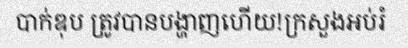
បាក់ឌុប ត្រូវបានបង្ហាញហើយ!ក្រសួងអប់រំ